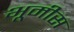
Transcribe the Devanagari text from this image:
भूमीस